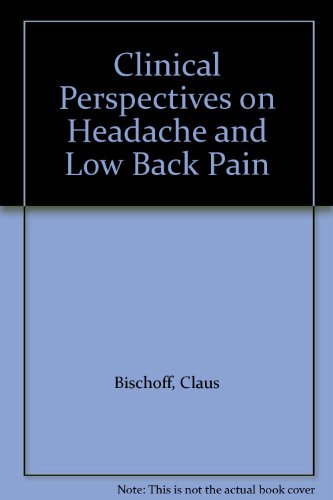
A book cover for Clinical Perspectives on Headache and Low Back Pain; Claus Bischoff; Health, Fitness & Dieting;